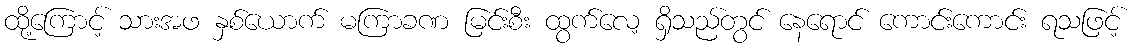
ထို့ကြောင့် သားအဖ နှစ်ယောက် မကြာခဏ မြင်းစီး ထွက်လေ့ ရှိသည်တွင် နေရောင် ကောင်းကောင်း ရသဖြင့်